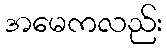
အမေကလည်း